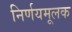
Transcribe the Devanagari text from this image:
निर्णयमूलक